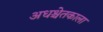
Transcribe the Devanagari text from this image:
अधश्चेतकाला